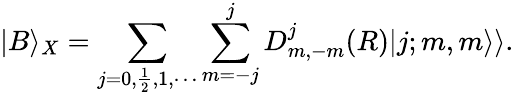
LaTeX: |B\rangle_{X}=\sum_{j=0,\frac{1}{2},1,\cdots}\sum_{m=-j}^{j}D_{m,-m}^{j}(R)|j;m,m\rangle\rangle.